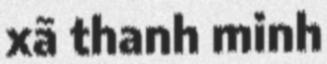
xã thanh minh